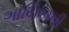
ગાયિકાની